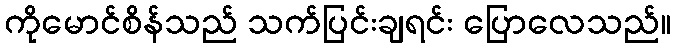
ကိုမောင်စိန်သည် သက်ပြင်းချရင်း ပြောလေသည်။